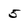
Character: 5